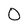
Character: O